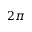
2 \pi